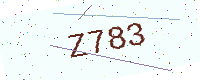
Text: Z783